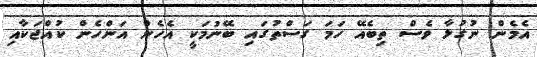
އެމެން ނުގުޅާ ވެސް ތިބެއޭ ހަމަ ގަސްތުގައި ބޭނުމަކީ އެހެން އަންހެން ކުއްޖަކާއި